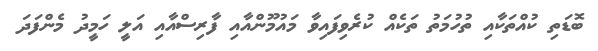
ބޮޑަތި ކުއްތަކާއި ތުހުމަތު ތަކެއް ކުރެވިފައިވާ މައުމޫންއާއި ފާރިސްއާއި އަލީ ހަމީދު މެންފަދަ